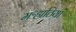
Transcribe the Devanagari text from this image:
मऱ्हाठियां